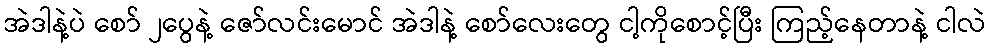
အဲဒါနဲ့ပဲ စော် ၂ပွေနဲ့ ဇော်လင်းမောင် အဲဒါနဲ့ စော်လေးတွေ ငါ့ကိုစောင့်ပြီး ကြည့်နေတာနဲ့ ငါလဲ